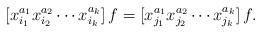
LaTeX: \begin{align*}[x_{i_{1}}^{a_{1}}x_{i_{2}}^{a_{2}}\cdots x_{i_{k}}^{a_{k}}]\,f=[x_{j_{1}}^{a_{1}}x_{j_{2}}^{a_{2}}\cdots x_{j_{k}}^{a_{k}}]\,f.\end{align*}